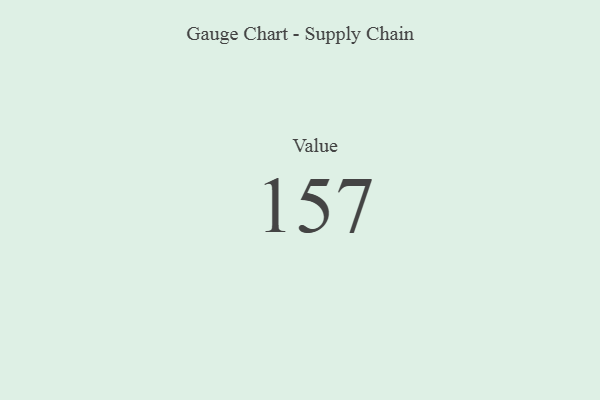
{"axis": {"x": "Metric", "y": "Value"}, "legend": [""], "data": [{"x": "Value", "y": 157, "type": ""}]}